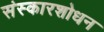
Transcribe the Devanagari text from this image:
संस्कारशोधन